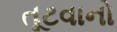
તૂટવાનો